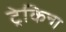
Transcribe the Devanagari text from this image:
ट्रेकिन्ग